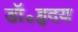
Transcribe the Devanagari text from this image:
डॉ॰हृदय